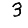
Digit: 3